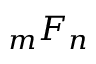
{ } _ { m } F _ { n }